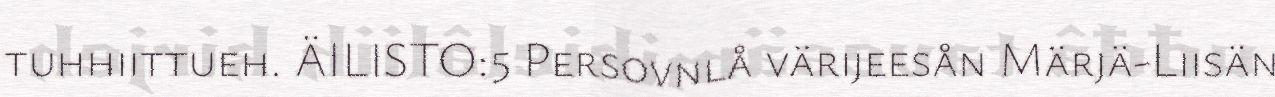
tuhhiittueh. ÄILISTO:5 Persovnlå värijeesån Märjä-Liisän